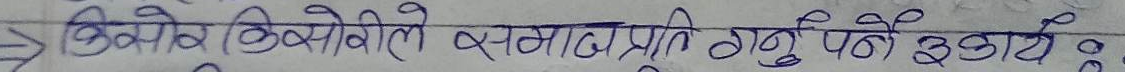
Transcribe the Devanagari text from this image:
किमोथेरापी सम्पादन हुने उर्जा :